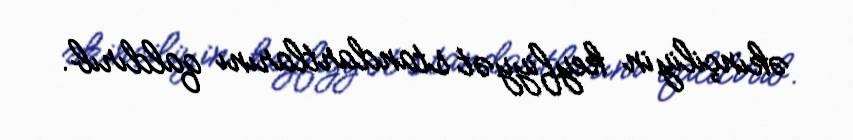
əkinçiliyin keyfiyyət standartlarını qaldırıb.